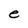
Character: e